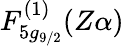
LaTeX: F_{5g_{9/2}}^{(1)}(Z\alpha)